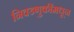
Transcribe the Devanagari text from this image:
निवडणुकींमधून